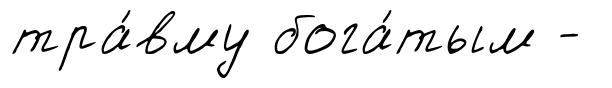
тра́вму бога́тым -